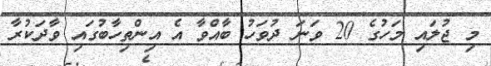
މި ޖުލައި މަހުގެ 20 ވަނަ ދުވަހު ބާއްވާ އެ އިންތިހާބުގައި ވާދަކުރާ